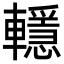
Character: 𨏈